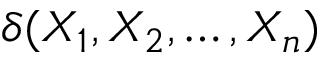
\delta ( X _ { 1 } , X _ { 2 } , \ldots , X _ { n } )